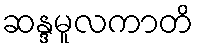
ဆန္ဒမူလကာတိ